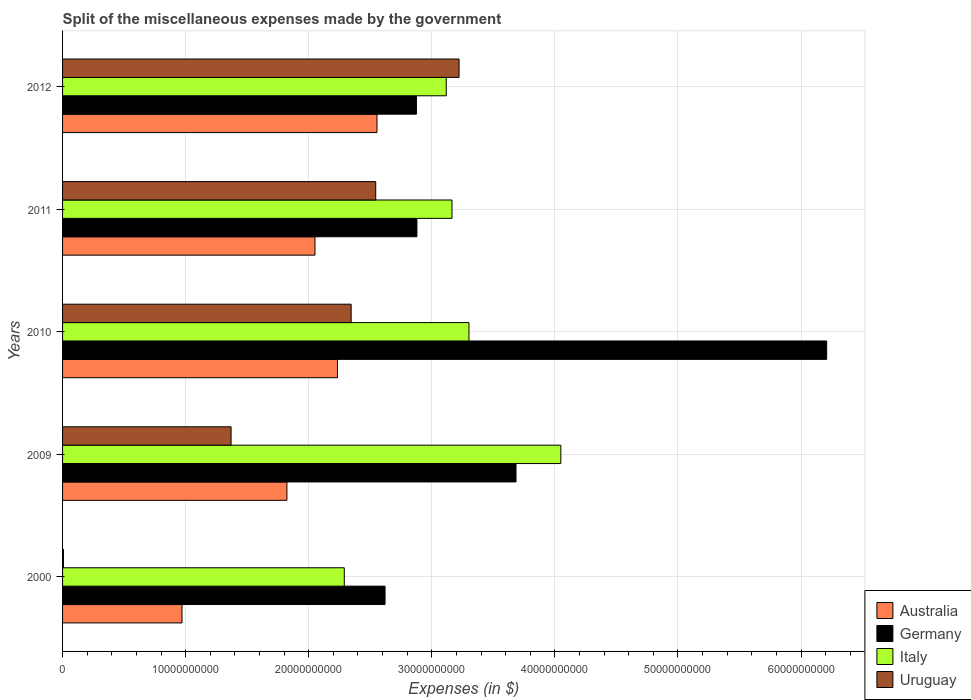
| Years | Australia | Germany | Italy | Uruguay |
 | --- | --- | --- | --- | --- |
 | 2000 | 9.7e+09 | 2.62e+10 | 2.29e+10 | 7.5e+07 |
 | 2009 | 1.82e+10 | 3.68e+10 | 4.05e+10 | 1.37e+10 |
 | 2010 | 2.23e+10 | 6.21e+10 | 3.3e+10 | 2.34e+10 |
 | 2011 | 2.05e+10 | 2.88e+10 | 3.16e+10 | 2.54e+10 |
 | 2012 | 2.55e+10 | 2.88e+10 | 3.12e+10 | 3.22e+10 |